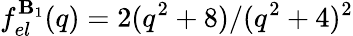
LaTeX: f_{el}^{\mathbf{B}_{1}}(q)={2(q^{2}+8)}/{(q^{2}+4)^{2}}